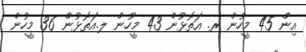
އިން 45 މީހުން ރ. އަތޮޅުން 43 މީހުން ލ.އަތޮޅުން 36 މީހުން